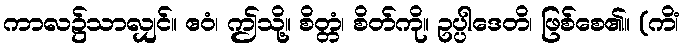
ကာလ၌သာလျှင်။ ဧဝံ၊ ဤသို့။ စိတ္တံ၊ စိတ်ကို။ ဥပ္ပါဒေတိ၊ ဖြစ်စေ၏။ (ကိံ၊